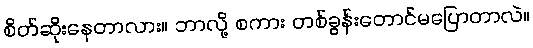
စိတ်ဆိုးနေတာလား။ ဘာလို့ စကား တစ်ခွန်းတောင်မပြောတာလဲ။